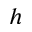
h